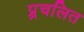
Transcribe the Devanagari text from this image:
प्र्रचलित